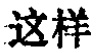
这样